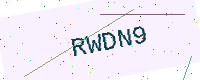
Text: RWDN9